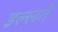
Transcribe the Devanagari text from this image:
इल्लतें